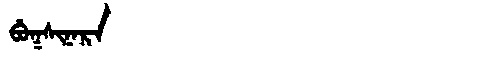
Manchu: ᠪᡠᡴᠰᡳᠨᠠᡵᠠ
Romanization: BUKSINARA